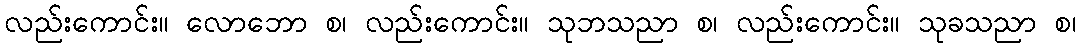
လည်းကောင်း။ လောဘော စ၊ လည်းကောင်း။ သုဘသညာ စ၊ လည်းကောင်း။ သုခသညာ စ၊